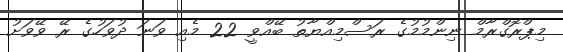
މިޕްރޮގްރާމް ނިންމުމުގެ ރަސްމިއްޔާތު ބޭއްވީ 22 މެއި ވަނަ ދުވަހުގެ ރޭ ވޭވަށު